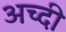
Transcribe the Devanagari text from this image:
अच्दी